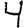
Digit: 4